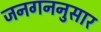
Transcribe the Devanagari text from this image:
जनगननुसार